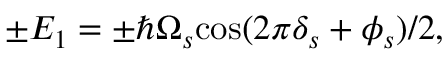
\pm E _ { 1 } = \pm \hbar \Omega _ { s } \mathrm { c o s } ( 2 \pi \delta _ { s } + \phi _ { s } ) / 2 ,